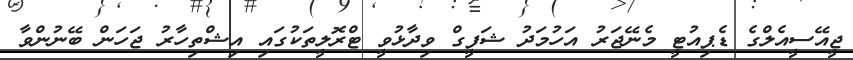
ޖީއޭސީއެލްގެ ޑެޕިއުޓީ މެނޭޖަރު އަހުމަދު ޝަފީގް ވިދާޅުވީ ޓްރޮލީތަކުގައި އިޝްތިހާރު ޖަހަން ބޭނުންވާ